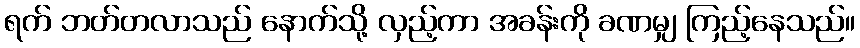
ရက် ဘတ်တလာသည် နောက်သို့ လှည့်ကာ အခန်းကို ခဏမျှ ကြည့်နေသည်။